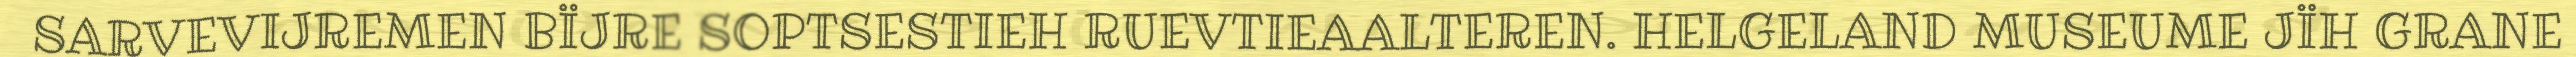
SARVEVIJREMEN BÏJRE SOPTSESTIEH RUEVTIEAALTEREN. HELGELAND MUSEUME JÏH GRANE